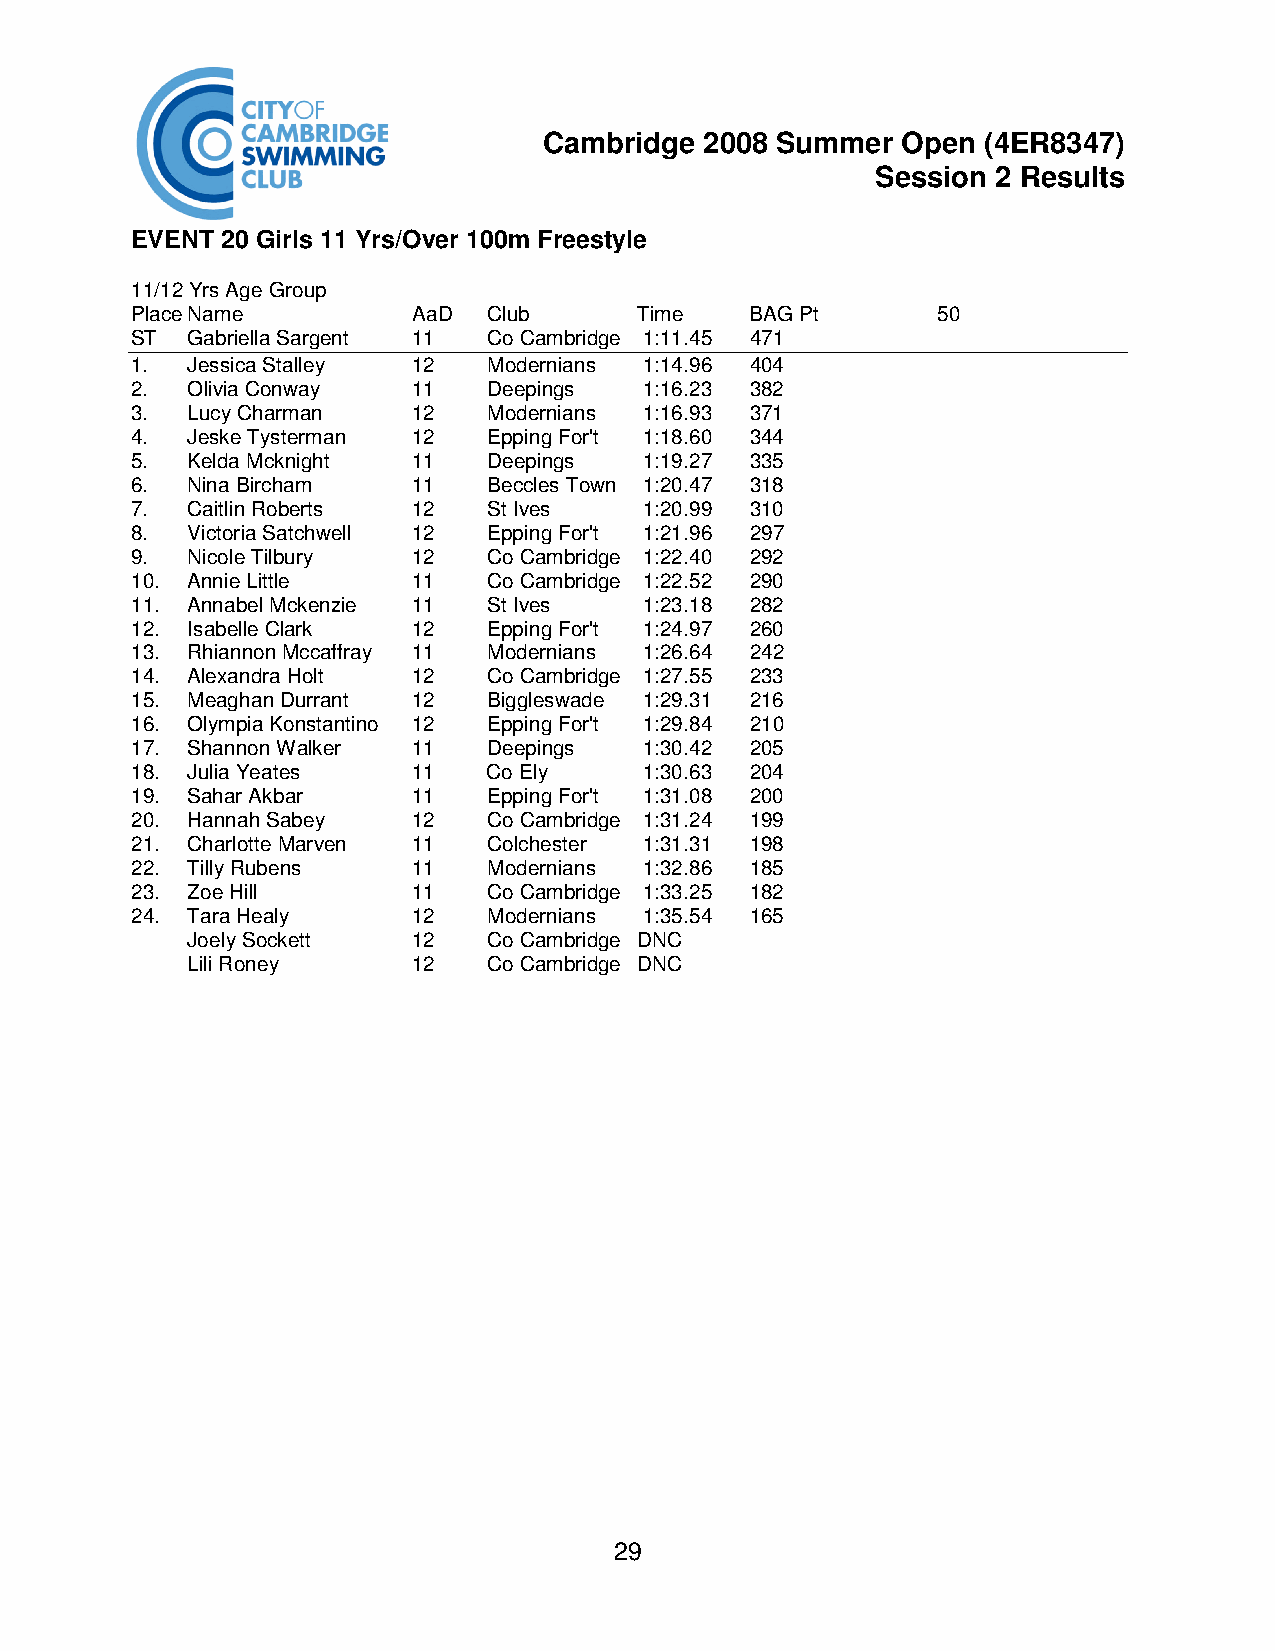
Cambridge  2008 Summer  Open (4ER8347)
 Session 2 Results
 EVENT 20 Girls 11 Yrs/Over 100m Freestyle
 11/12 Yrs Age Group
 Place Name        AaD  Club      Time    BAG Pt      50
 ST Gabriella Sargent 11 Co Cambridge 1:11.45 471
 1. Jessica Stalley 12  Modernians 1:14.96 404
 2. Olivia Conway  11   Deepings   1:16.23 382
 3. Lucy Charman   12   Modernians 1:16.93 371
 4. Jeske Tysterman 12  Epping For't 1:18.60 344
 5. Kelda Mcknight 11   Deepings   1:19.27 335
 6. Nina Bircham   11   Beccles Town 1:20.47 318
 7. Caitlin Roberts 12  St Ives    1:20.99 310
 8. Victoria Satchwell 12 Epping For't 1:21.96 297
 9. Nicole Tilbury 12   Co Cambridge 1:22.40 292
 10. Annie Little  11   Co Cambridge 1:22.52 290
 11. Annabel Mckenzie 11 St Ives   1:23.18 282
 12. Isabelle Clark 12  Epping For't 1:24.97 260
 13. Rhiannon Mccaffray 11 Modernians 1:26.64 242
 14. Alexandra Holt 12  Co Cambridge 1:27.55 233
 15. Meaghan Durrant 12 Biggleswade 1:29.31 216
 16. Olympia Konstantino 12 Epping For't 1:29.84 210
 17. Shannon Walker 11  Deepings   1:30.42 205
 18. Julia Yeates  11   Co Ely     1:30.63 204
 19. Sahar Akbar   11   Epping For't 1:31.08 200
 20. Hannah Sabey  12   Co Cambridge 1:31.24 199
 21. Charlotte Marven 11 Colchester 1:31.31 198
 22. Tilly Rubens  11   Modernians 1:32.86 185
 23. Zoe Hill      11   Co Cambridge 1:33.25 182
 24. Tara Healy    12   Modernians 1:35.54 165
 Joely Sockett  12   Co Cambridge DNC
 Lili Roney     12   Co Cambridge DNC
 29